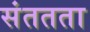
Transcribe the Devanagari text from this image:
संततता